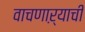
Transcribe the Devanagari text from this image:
वाचणाऱ्याची